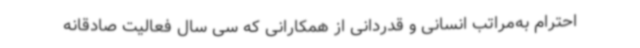
احترام به‌مراتب انسانی و قدردانی از همکارانی که سی سال فعالیت صادقانه